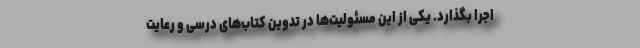
اجرا بگذارد. یکی از این مسئولیت‌ها در تدوین کتاب‌های درسی و رعایت